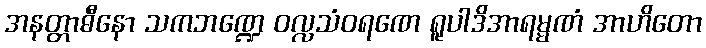
အနတ္တာဓီနော သကဘဏ္ဍေ ဝလ္လသံဝရဏေ ရူပါဒိအာရမ္မဏံ အာဟိတော